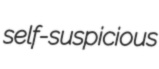
self-suspicious